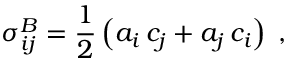
\sigma _ { i j } ^ { B } = \frac { 1 } { 2 } \left( a _ { i } \, c _ { j } + a _ { j } \, c _ { i } \right) \; ,